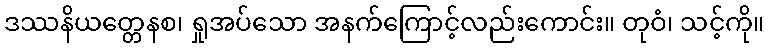
ဒဿနိယတ္တေနစ၊ ရှုအပ်သော အနက်ကြောင့်လည်းကောင်း။ တုဝံ၊ သင့်ကို။